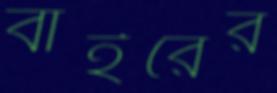
বাইরের